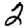
Digit: 2